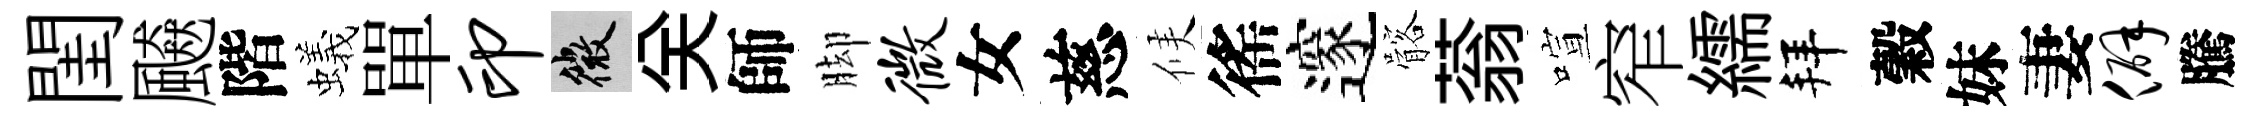
閨飇階蟻單印微关師脚微女慈候徭邃髂蓊喧窄繻拜穀妹妻僻騰